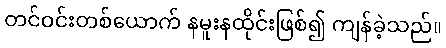
တင်ဝင်းတစ်ယောက် နမူးနထိုင်းဖြစ်၍ ကျန်ခဲ့သည်။